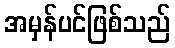
အမှန်ပင်ဖြစ်သည်